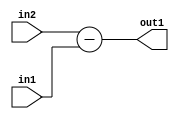
`timescale 1ps / 1ps
/*****************************************************************************
    Verilog RTL Description
    
    
    Created by: Stratus DpOpt 21.05.01 
*******************************************************************************/

module SobelFilter_Sub_5Ux1U_6S_1 (
	in2,
	in1,
	out1
	); /* architecture "behavioural" */ 
input [4:0] in2;
input  in1;
output [5:0] out1;
wire [5:0] asc001;

assign asc001 = 
	+(in2)
	-(in1);

assign out1 = asc001;
endmodule

/* CADENCE  urj2TQ8= : u9/ySxbfrwZIxEzHVQQV8Q== ** DO NOT EDIT THIS LINE ******/